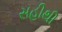
સહીથી